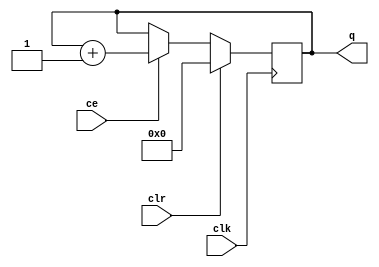
module counter #(
	parameter l_bit = 4
)
(
	input 			          clk,
	input 			          clr,
	input 			          ce,
	output reg[l_bit-1:0] q
);
      
  always @(posedge clk)
	begin
		if(clr)
			q <= {l_bit{1'b0}};
		else
			if (ce)
				q <= q + 1;
	end

endmodule